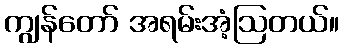
ကျွန်တော် အရမ်းအံ့ဩတယ်။